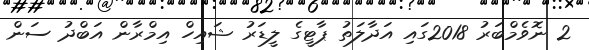
2 ނޮވެމްބަރު 2018ގައި އަދާލަތު ޕާޓީގެ ލީޑަރު ޝައިހް އިމްރާން އަބްދު ސަން